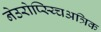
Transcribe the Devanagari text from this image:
नेउरोप्स्य्चिअत्रिक